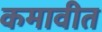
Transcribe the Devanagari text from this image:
कमावीत